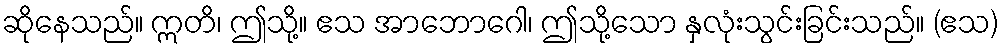
ဆိုနေသည်။ ဣတိ၊ ဤသို့။ ဧသ အာဘောဂေါ၊ ဤသို့သော နှလုံးသွင်းခြင်းသည်။ (ဧသ)